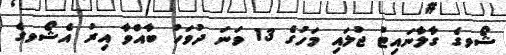
ޝޯވގެ ގާލާނައިޓު ޖުލައި މަހުގެ 13 ވަނަ ދުވަހު ބާއްވާ އިރު އެޝޯވގެ